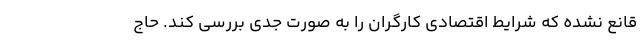
قانع نشده که شرایط اقتصادی کارگران را به صورت جدی بررسی کند. حاج